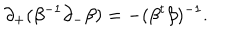
\partial _ { + } ( \beta ^ { - 1 } \partial _ { - } \beta ) = - ( \beta ^ { t } \beta ) ^ { - 1 } .